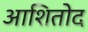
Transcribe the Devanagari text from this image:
आशितोद